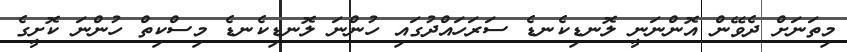
މިތަނަށް ދެވޭން އޮންނަނީ ލޮނޑިކެނޑެ ސަރަހައްދުގައި ހުންނަ ލޮނޑިކެނޑެ މިސްކިތް ހުންނަ ކޮށީގެ